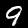
Label: 9